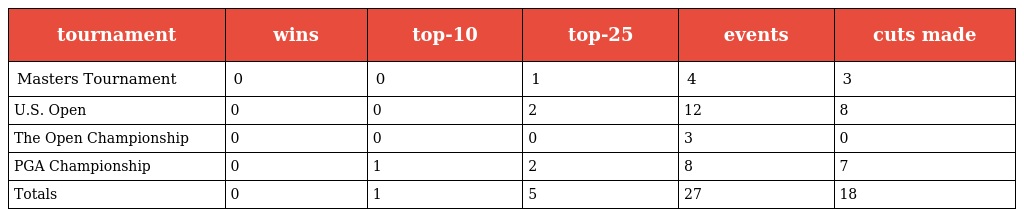
| tournament | wins | top-10 | top-25 | events | cuts made |
 | --- | --- | --- | --- | --- | --- |
 | Masters Tournament | 0 | 0 | 1 | 4 | 3 |
 | U.S. Open | 0 | 0 | 2 | 12 | 8 |
 | The Open Championship | 0 | 0 | 0 | 3 | 0 |
 | PGA Championship | 0 | 1 | 2 | 8 | 7 |
 | Totals | 0 | 1 | 5 | 27 | 18 |